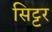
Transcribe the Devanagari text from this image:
सिट्टर